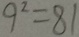
9 ^ { 2 } = 8 1